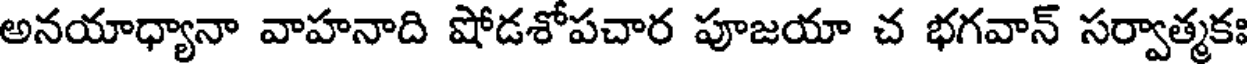
అనయాధ్యానా వాహనాది షోడశోపచార పూజయా చ భగవాన్ సర్వాత్మకః